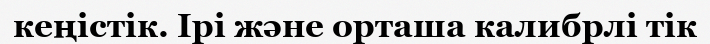
кеңістік. Ірі және орташа калибрлі тік